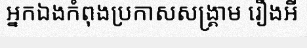
អ្នកឯងកំពុងប្រកាសសង្គ្រាម រឿងអី